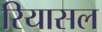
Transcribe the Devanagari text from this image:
रियासल